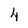
Character: 4